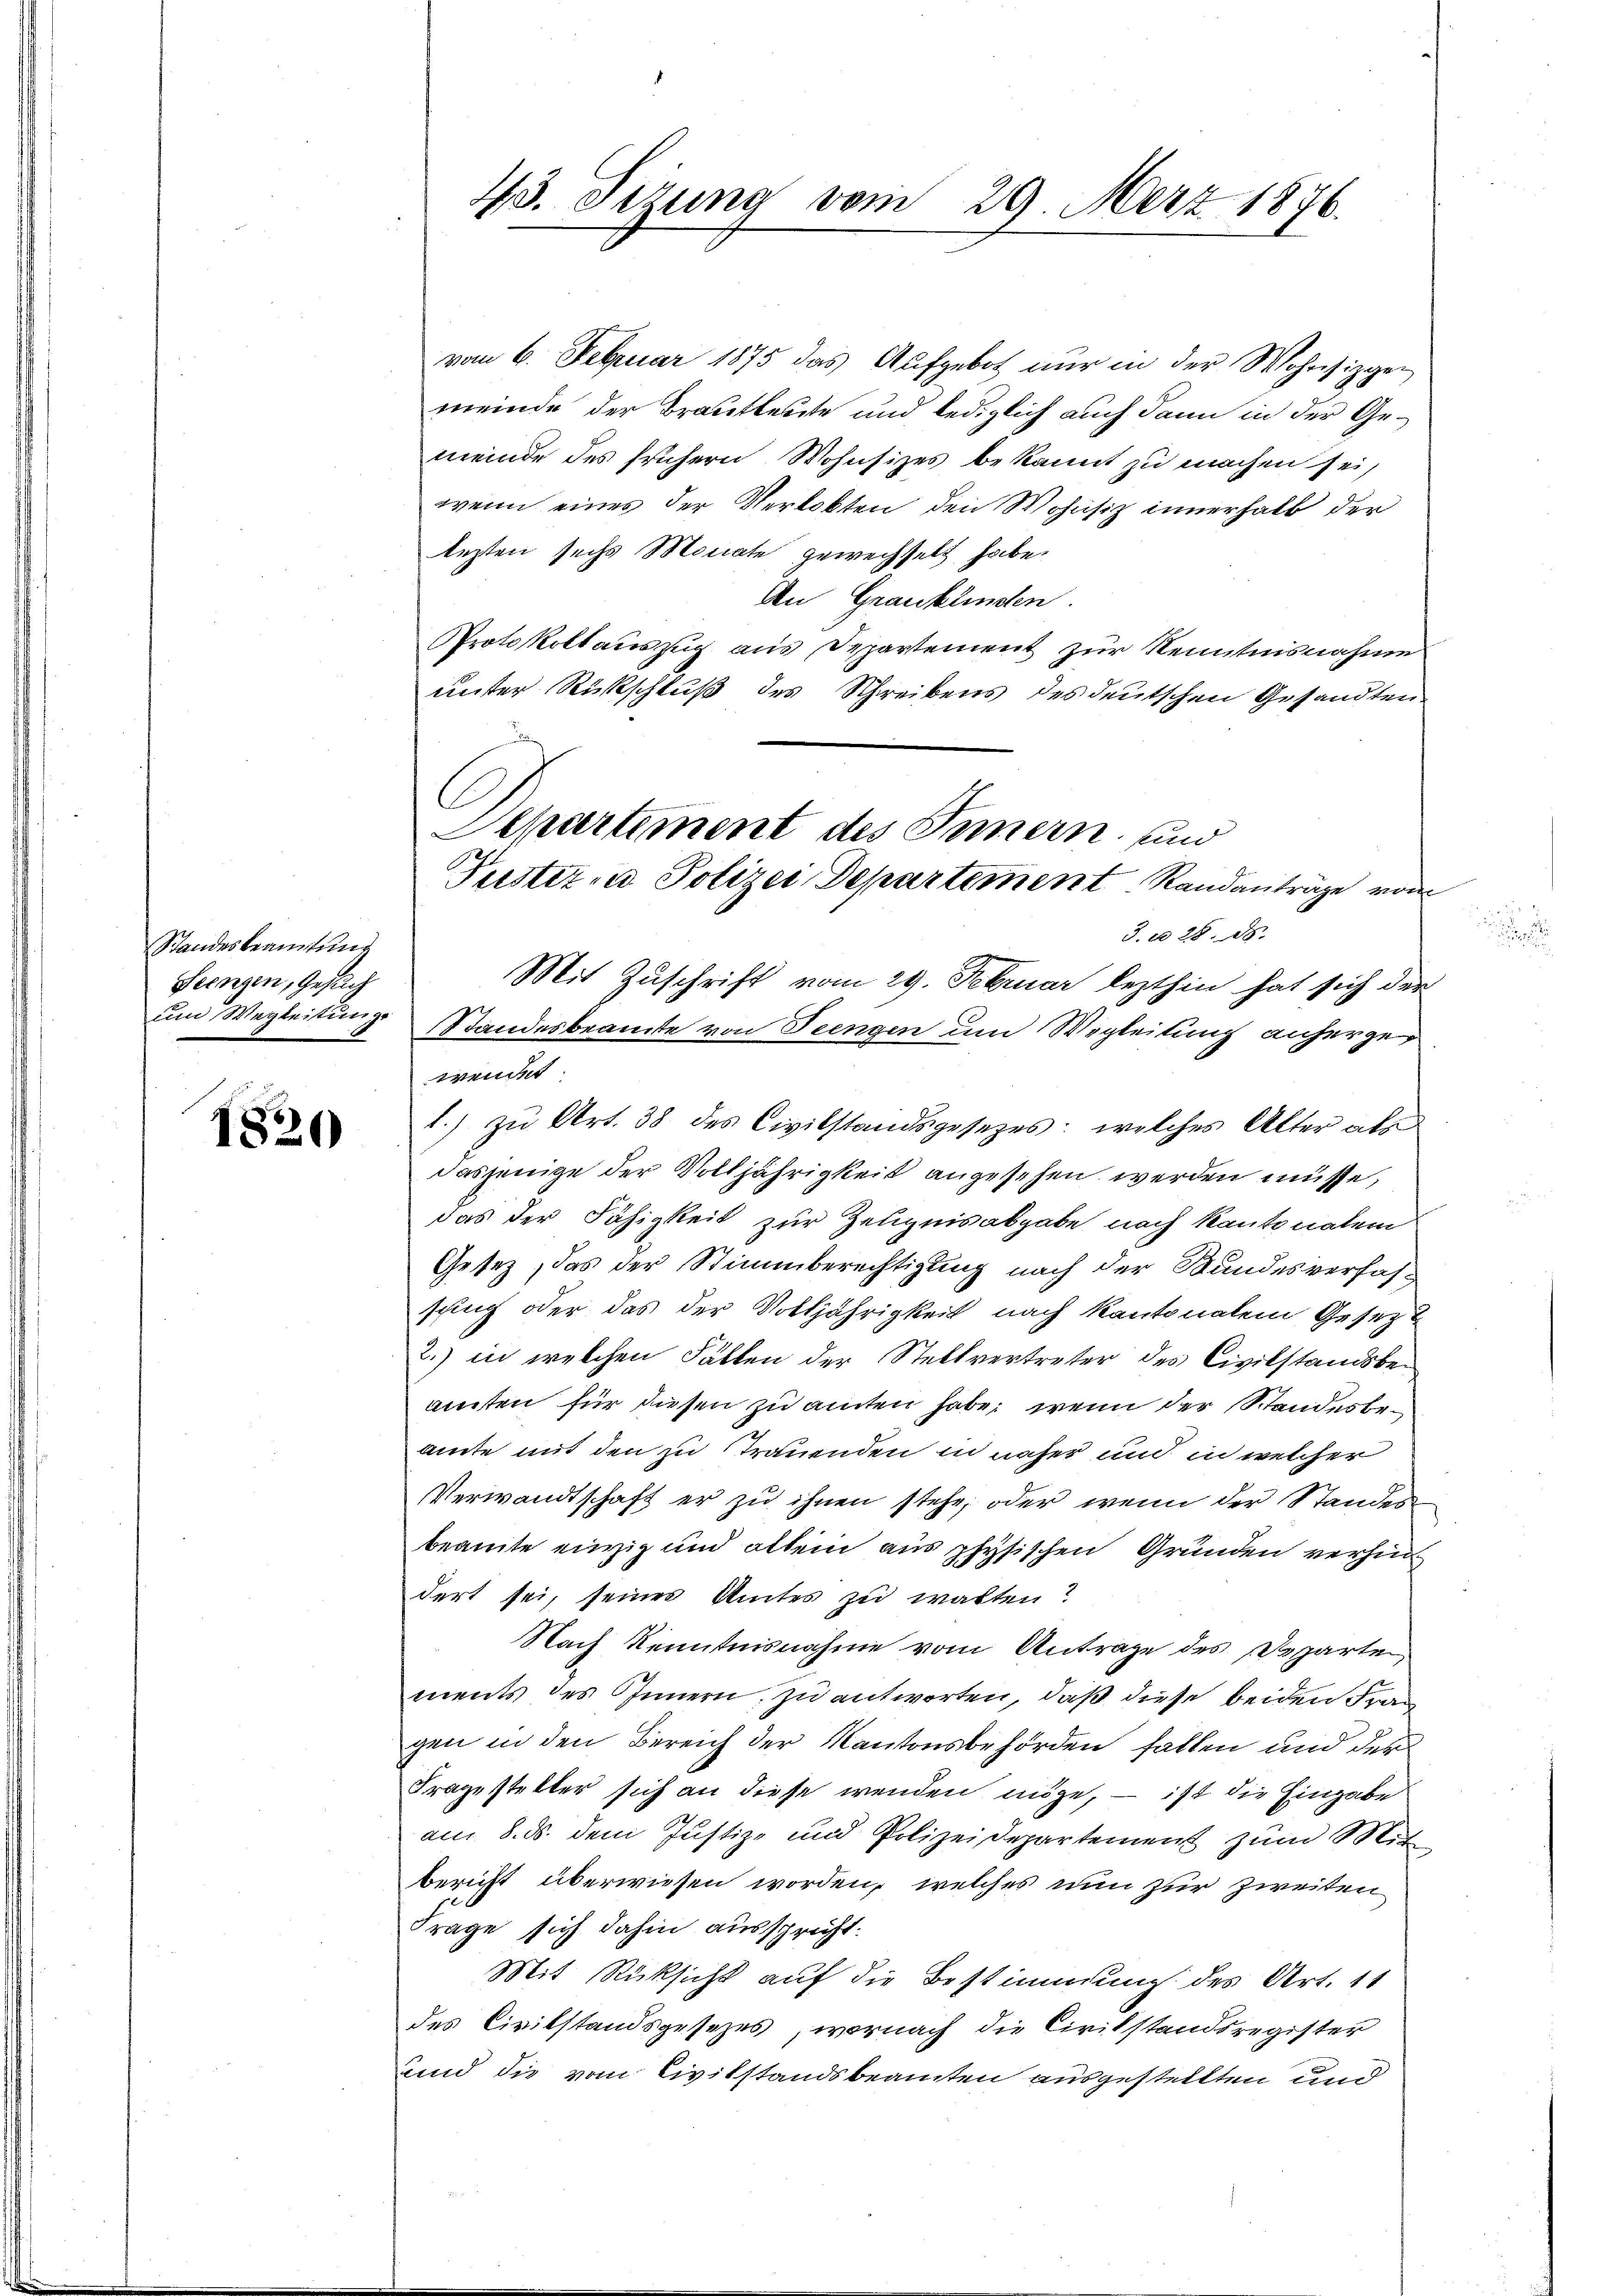
Standesbeamtung
Feengen, Gesuch
und Wegleitunge

1820

43. Sizung vom 29. März 1876.

Separtiment des Innern und
Puester in Polizei Departement Randanträge von

vom 6. Februar 1875 das Aufgebot nur in der Wohnsizgen
meinde der Brautleute und lediglich auch dann in der Gemeinde des frühern Wohnsizes bekannt zu machen sei,
wenn eines der Verlobten den Wohnsiz innerhalb der
lezten sechs Monate gewechselt habe.
An Grauklingten.
PProtokollauszug aus Departement zur Kenntnisnahme
unter Rückschluß des Schreibens des deutschen Gesandten
C
3. 28. d.
Mit Zuschrift vom 29. Februar lezthin hat sich des
Standesbeamte von Teengen um Wegleitung anhergewende
1.) zu Art. 38 des Civilstandsgesetzes: welches Alter als
dasjenige der Volljährigkeit angesehen werden müsse,
das der Fähigkeit zur Zeugnis abgabe nach Kantonalem
Gesez, das der Stimmberechtigung nach der Bundesverfassping oder das der Volljährigkeit nach Kantonalem Gesez¬
2.) in welchen Fällen der Stellvertreter des Civilstandsbeamten für diesen zu amten habe, wenn der Standesbeante mit den zu trauenden in näher und in welcher
Verwandtschaft er zu ihnen stehe, oder wenn der Standesbeamte einzig und allein aus physischen Gründen verhindert sei, seines Amtes zu walten?
Nach Kenntnisnahme vom Anträge des parte
ments des Innern, zu antworten, daß diese beiden Frau
gen in den Bereich der Kantonsbehörden fallen und der
Fragesteller sich an diese wenden möge, – ist die Eingabe
am 8. ds. dem Justiz- und Polizeidepartement zum Mit
bericht überwiesen worden, welches nun zur Zweiten
Frage sich dahin ausspricht.
Mit Rücksicht auf die Bestimmung des Art. 11
des Cirikstandsgesezes, wornach die Civilstandsregister
band die vom Civilstandsbeamten ausgestellten und